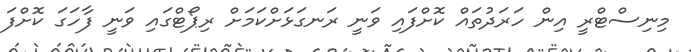
މިނިސްޓްރީ އިން ހަރަދުތައް ކޮށްފައި ވަނީ ރަނގަޅަށްކަމަށް ރިޕޯޓްގައި ވަނީ ފާހަގަ ކޮށްފަ